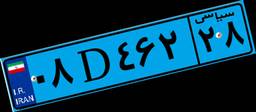
۰۸D۴۶۲۲۸